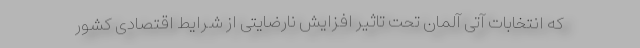
که انتخابات آتی آلمان تحت تاثیر افزایش نارضایتی از شرایط اقتصادی کشور